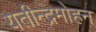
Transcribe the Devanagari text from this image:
यतीन्द्रमोहन